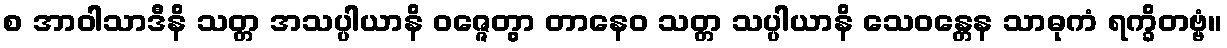
စ အာဝါသာဒီနိ သတ္တ အသပ္ပါယာနိ ဝဇ္ဇေတွာ တာနေဝ သတ္တ သပ္ပါယာနိ သေဝန္တေန သာဓုကံ ရက္ခိတဗ္ဗံ။